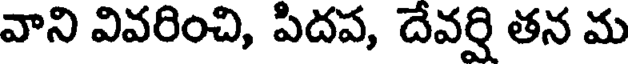
వాని వివరించి, పిదప, దేవర్షి తన మ